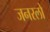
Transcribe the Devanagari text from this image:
जनरलो